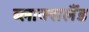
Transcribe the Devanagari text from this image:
ब्लाक्सलैंड